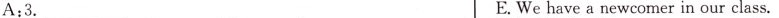
A:3. ___ E.We have a newcomer in our class.